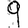
Digit: 9